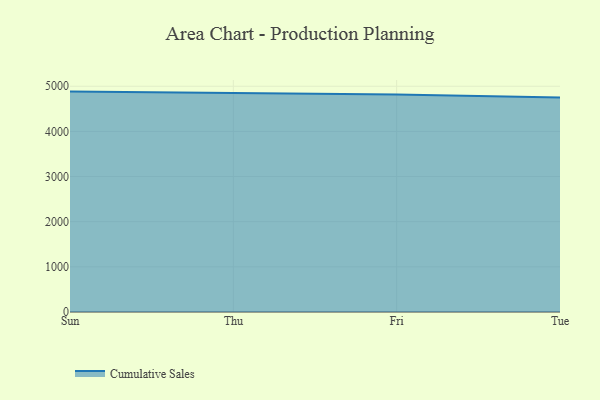
{"axis": {"x": "Day", "y": "Humidity (%)"}, "legend": ["Cumulative Sales"], "data": [{"x": "Sun", "y": 4881.4, "type": "Cumulative Sales"}, {"x": "Thu", "y": 4844.5, "type": "Cumulative Sales"}, {"x": "Fri", "y": 4818.2, "type": "Cumulative Sales"}, {"x": "Tue", "y": 4748.8, "type": "Cumulative Sales"}]}